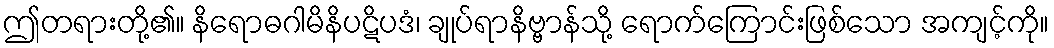
ဤတရားတို့၏။ နိရောဓဂါမိနိပဋိပဒံ၊ ချုပ်ရာနိဗ္ဗာန်သို့ ရောက်ကြောင်းဖြစ်သော အကျင့်ကို။